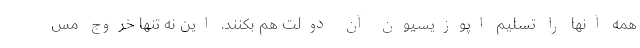
همه آنها را تسليم اپوزيسيون آن دولت هم بكنند. اين نه تنها خروج مس